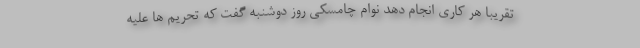
تقریباً هر کاری انجام دهد نوام چامسکی روز دوشنبه گفت که تحریم ها علیه